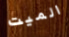
الميت